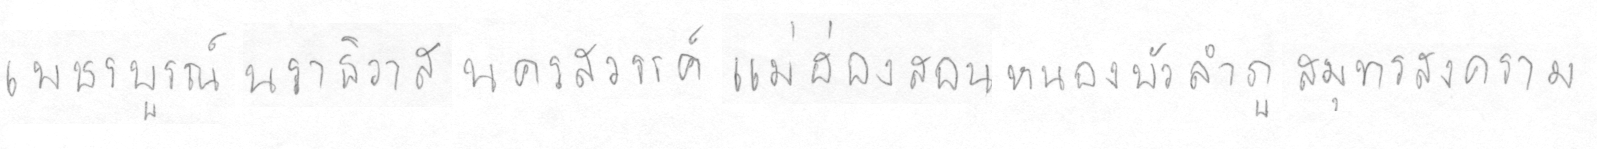
เพชรบรูณ์นราธิวาสนครสววรรค์แม่ฮ่องสอนหนองบัวลำภูสมุทรสงคราม